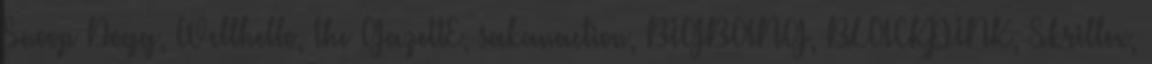
Snoop Dogg, Wellhello, the GazettE, sakanaction, BIGBANG, BLACKPINK, Skrillex,